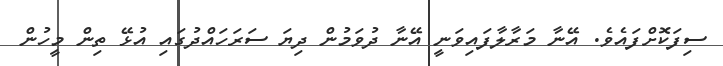
ސިފަކޮށްފައެވެ. އޭނާ މަރާލާފައިވަނީ އޭނާ ދުވަމުން ދިޔަ ސަރަހައްދުގައި އުޅޭ ތިން މީހުން